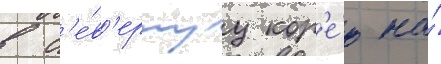
в с'е́в'ернуу кор'е́ю на́